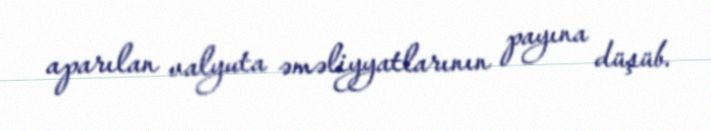
aparılan valyuta əməliyyatlarının payına düşüb.